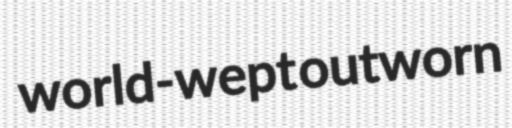
world-wept outworn